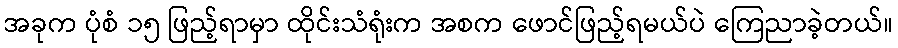
အခုက ပုံစံ ၁၅ ဖြည့်ရာမှာ ထိုင်းသံရုံးက အစက ဖောင်ဖြည့်ရမယ်ပဲ ကြေညာခဲ့တယ်။